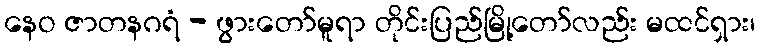
နေဝ ဇာတနဂရံ - ဖွားတော်မူရာ တိုင်းပြည်မြို့တော်လည်း မထင်ရှား၊